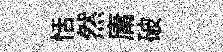
恬然庸破